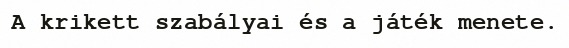
A krikett szabályai és a játék menete.